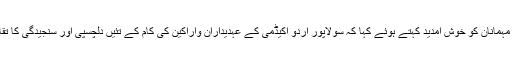
مجروح اکیڈمی کے جنرل سیکریٹری ڈاکٹر مصطفی پنجابی نے مہمانان کو خوش آمدید کہتے ہوئے کہا کہ سولاپور اردو اکیڈمی کے عہدیداران واراکین کی کام کے تئیں دلچسپی اور سنجیدگی کا تقاضہ تھا کہ مجروح اکیڈمی ،انھیں یہاں بلاکر اعزاز سے نوازتی۔